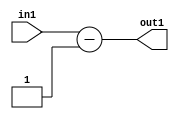
`timescale 1ps / 1ps
/*****************************************************************************
    Verilog RTL Description
    
    
    Created by: Stratus DpOpt 21.05.01 
*******************************************************************************/

module SobelFilter_Subi1u5_1 (
	in1,
	out1
	); /* architecture "behavioural" */ 
input [4:0] in1;
output [4:0] out1;
wire [4:0] asc001;

assign asc001 = 
	+(in1)
	-(5'B00001);

assign out1 = asc001;
endmodule

/* CADENCE  urnxQgs= : u9/ySxbfrwZIxEzHVQQV8Q== ** DO NOT EDIT THIS LINE ******/